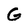
Character: G